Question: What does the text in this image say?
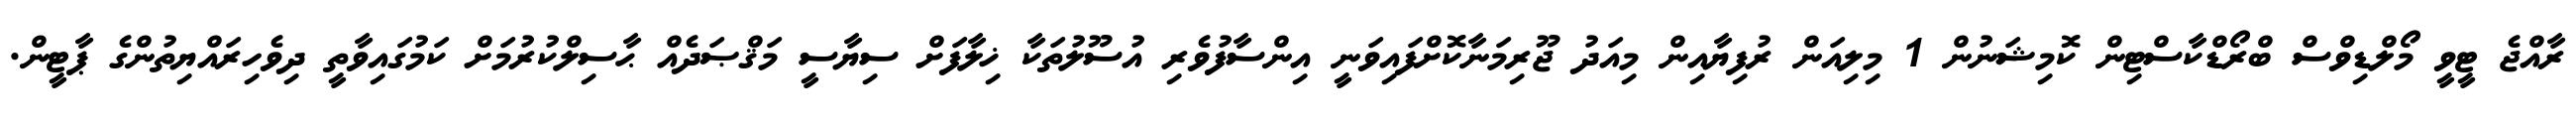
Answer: ރާއްޖެ ޓީވީ މޯލްޑިވްސް ބްރޯޑްކާސްޓިން ކޮމިޝަނުން 1 މިލިއަން ރުފިޔާއިން މިއަދު ޖޫރިމަނާކޮށްފައިވަނީ އިންސާފުވެރި އުސޫލުތަކާ ޚިލާފަށް ސިޔާސީ މަޤްޞަދެއް ޙާސިލްކުރުމަށް ކަމުގައިވާތީ ދިވެހިރައްޔިތުންގެ ޕާޓީން.